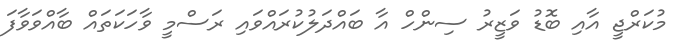
މުކަރްޖީ އާއި ބޮޑު ވަޒީރު ސިންހް އާ ބައްދަލުކުރައްވައި ރަސްމީ ވާހަކަތައް ބާއްވަވާފަ